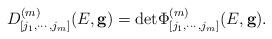
LaTeX: \begin{align*}D^{(m)}_{[j_1,\cdots,j_m]}(E,{\bf g})={\rm det} \Phi^{(m)}_{[j_1,\cdots,j_m]}(E,{\bf g}) .\end{align*}